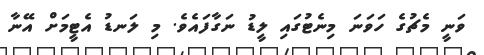
ވަނީ މެޗުގެ ހަވަނަ މިނެޓުގައި ލީޑު ނަގާފައެވެ. މި ލަނޑު އެޓީމަށް އޭނާ